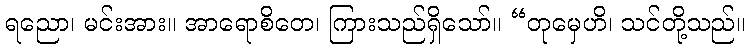
ရညော၊ မင်းအား။ အာရောစိတေ၊ ကြားသည်ရှိသော်။ “တုမှေဟိ၊ သင်တို့သည်။